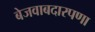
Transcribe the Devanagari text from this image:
बेजवाबदारपणा